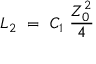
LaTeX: L _ { 2 } ~ = ~ C _ { 1 } ~ { \frac { Z _ { 0 } ^ { 2 } } { 4 } }